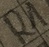
Text: R1